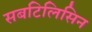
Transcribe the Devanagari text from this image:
सबटिलिसिन